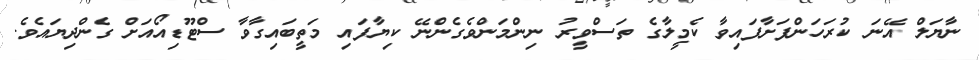
ނާޔަލް އޭނަ ކުރަހަންފަށާފައިވާ ކެމީލާގެ ތަސްވީރު ނިންމަންވެގެންނޭ ކިޔާފައި މަތީބައިގާވާ ސްޓޫޑިއޯއަށް ގެންދިޔައެވެ.